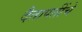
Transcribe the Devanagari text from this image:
दैतापतींचे